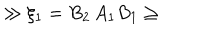
LaTeX: \gg \xi _ { 1 } = B _ { 2 } \, A _ { 1 } B _ { 1 } \geq